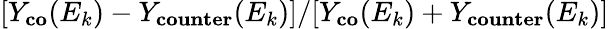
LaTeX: [Y_{\textbf{co}}(E_{k})-Y_{\textbf{counter}}(E_{k})]/[Y_{\textbf{co}}(E_{k})+Y_{\textbf{counter}}(E_{k})]